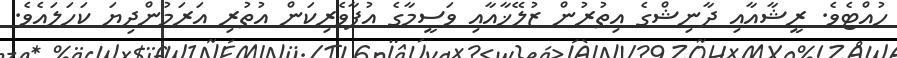
ހުއްޓެވެ. ރީޝާއާއި ދާނިޝްގެ އިތުރުން ޒުލޭޚާއާއި ވަސީމާގެ އުފާވެރިކަން އުތުރި އަރަމުންދިޔަ ކަހަލައެވެެ.